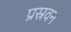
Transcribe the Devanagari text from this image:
प्रस्रवन